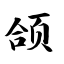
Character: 颌